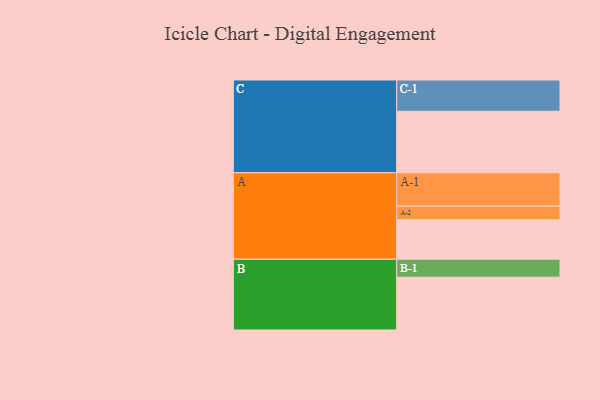
{"axis": {"x": "Segment", "y": "Value"}, "legend": ["", "A", "B", "C"], "data": [{"x": "A", "y": 327, "type": ""}, {"x": "B", "y": 437, "type": ""}, {"x": "C", "y": 509, "type": ""}, {"x": "A-1", "y": 276, "type": "A"}, {"x": "A-2", "y": 112, "type": "A"}, {"x": "B-1", "y": 149, "type": "B"}, {"x": "C-1", "y": 259, "type": "C"}]}